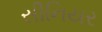
સીનિયર